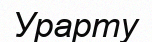
Урарту